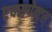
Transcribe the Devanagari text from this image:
एक्सपेक्ट्स्